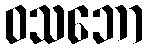
ဝသဘော